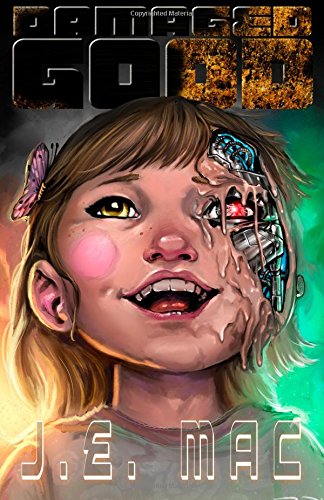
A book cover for Damaged Good; J.E. Mac; Science Fiction & Fantasy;